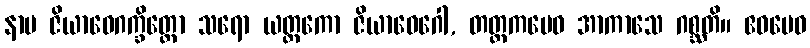
နာမ ဇိယာဝေဂက္ခိတ္တော သရော ယတ္တကော ဇိယာဝေဂေါ, တတ္တကမေဝ အာကာသေ ဂစ္ဆတိ။ ဧဝမေဝ